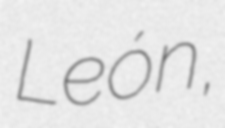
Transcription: León,